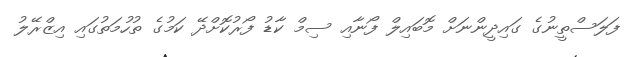
ފަލަސްތީނުގެ ގައިދީންނަށް މޮބައިލް ފޯނާއި ސިމް ކާޑު ފޯރުކޮށްދޭ ކަމުގެ ތުހުމަތުގައި އިޒްރޭލު